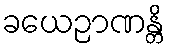
ခယေဉာဏန္တိ